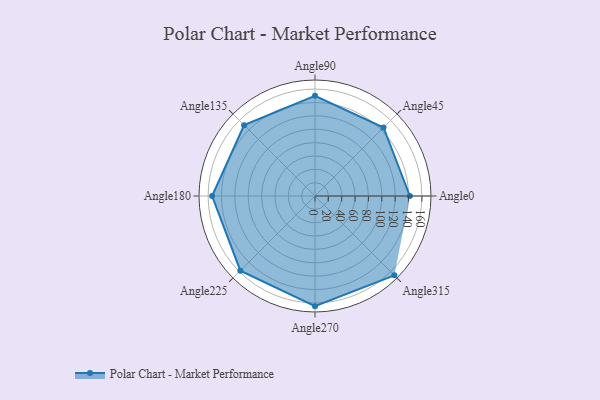
{"axis": {"x": "Angle", "y": "Radius"}, "legend": [""], "data": [{"x": "Angle0", "y": 142.0, "type": ""}, {"x": "Angle45", "y": 145.0, "type": ""}, {"x": "Angle90", "y": 150.0, "type": ""}, {"x": "Angle135", "y": 150.0, "type": ""}, {"x": "Angle180", "y": 154.0, "type": ""}, {"x": "Angle225", "y": 158.0, "type": ""}, {"x": "Angle270", "y": 165.0, "type": ""}, {"x": "Angle315", "y": 168.0, "type": ""}]}